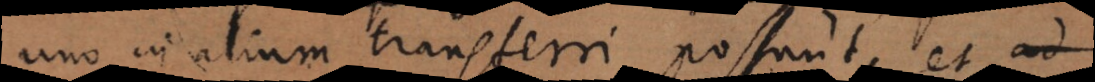
uno in alium transferri possunt, et ad